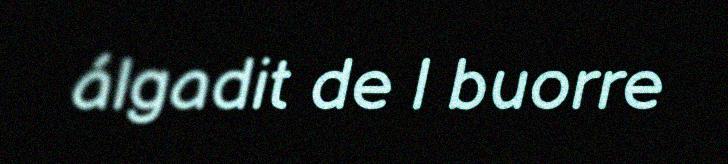
álgadit de l buorre